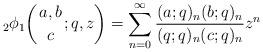
LaTeX: \begin{align*}&_2 \phi_1 \biggl( {a,b\atop{c}} ;q, z \biggr) = \sum_{n=0}^{\infty} \frac{(a ;q)_n (b ;q)_n}{(q;q)_n ( c ;q)_n} z^n \end{align*}